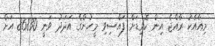
މިއާއެކު ރާއްޖެ އިން ކޮވިޑަށް ފައްސިވި މީހުންގެ އަދަދު ވަނީ 86830 އަށް